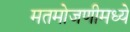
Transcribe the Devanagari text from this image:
मतमोजणीमध्ये